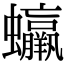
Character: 𧕳